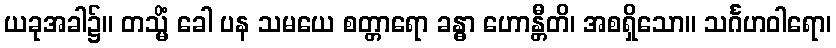
ယခုအခါ၌။ တသ္မိံ ခေါ ပန သမယေ စတ္တာရော ခန္ဓာ ဟောန္တီတိ၊ အစရှိသော။ သင်္ဂဟဝါရော၊